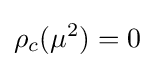
\rho _{c}(\mu ^{2})=0